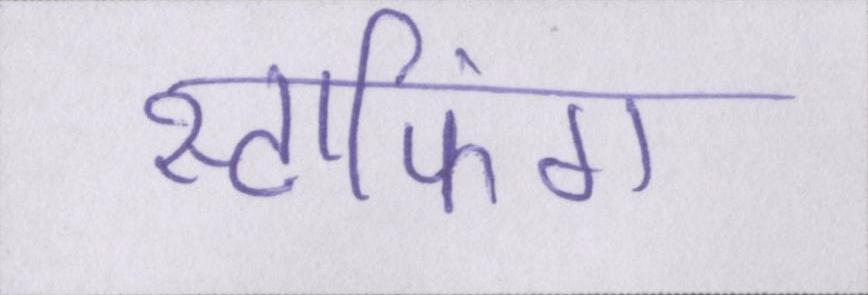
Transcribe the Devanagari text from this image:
स्टाफिंग